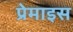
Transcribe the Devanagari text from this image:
प्रेमाइस